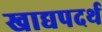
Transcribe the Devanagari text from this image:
खाद्यपदर्थ